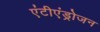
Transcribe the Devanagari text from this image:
एंटीएंड्रोजन